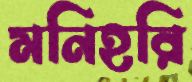
মনিহরি